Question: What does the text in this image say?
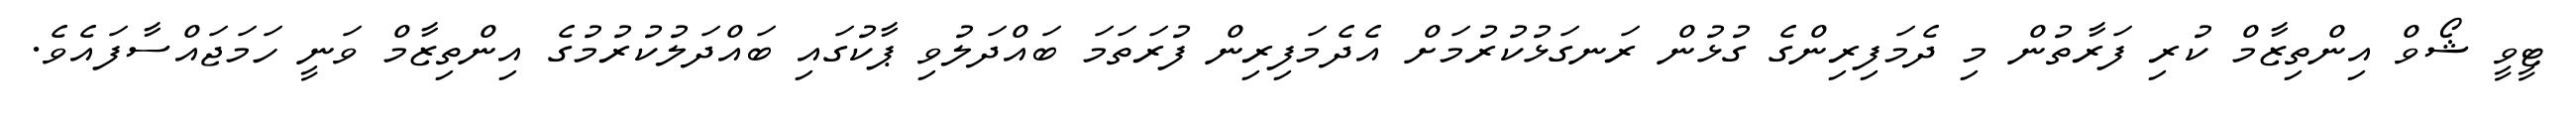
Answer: ޓީވީ ޝޯވް އިންތިޒާމް ކުރި ފަރާތުން މި ދެމަފިރިންގެ ގުޅުން ރަނގަޅުކުރުމަށް އެދެމަފިރިން ފުރަތަމަ ބައްދަލުވި ޕާކުގައި ބައްދަލުކުރުމުގެ އިންތިޒާމް ވަނީ ހަމަޖައްސާފައެވެ.